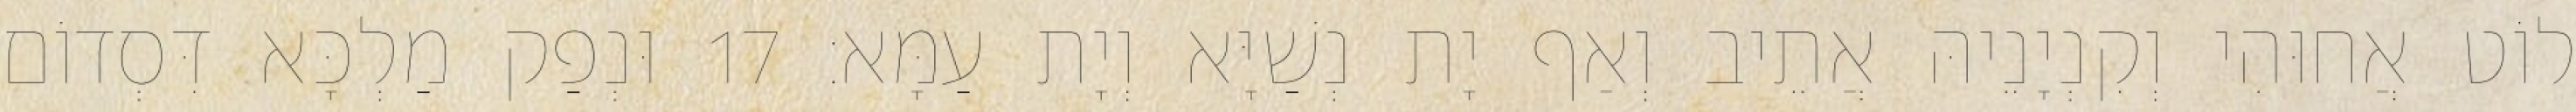
לוֹט אֲחוּהִי וְקִנְיָנֵיהּ אֲתֵיב וְאַף יָת נְשַׁיָּא וְיָת עַמָּא׃ 17 וּנְפַק מַלְכָּא דִּסְדוֹם